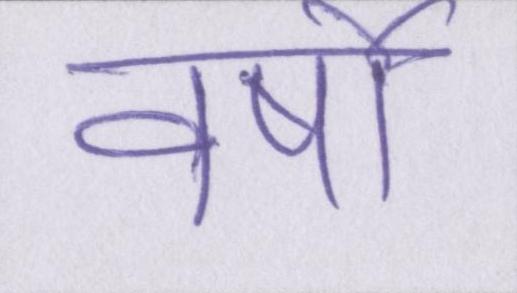
वर्षो